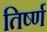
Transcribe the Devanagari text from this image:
तिर्ष्ण